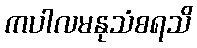
ကပါလမနုသံစရသိ